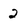
Character: 2